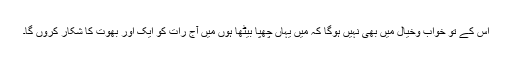
اس کے تو خواب وخیال میں بھی نہیں ہوگا کہ میں یہاں چھپا بیٹھا ہوں میں آج رات کو ایک اور بھوت کا شکار کروں گا۔